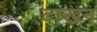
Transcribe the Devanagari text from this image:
दाखन